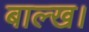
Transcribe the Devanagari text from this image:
बाल्ख।